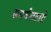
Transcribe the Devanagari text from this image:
समर्वत्तताग्रे